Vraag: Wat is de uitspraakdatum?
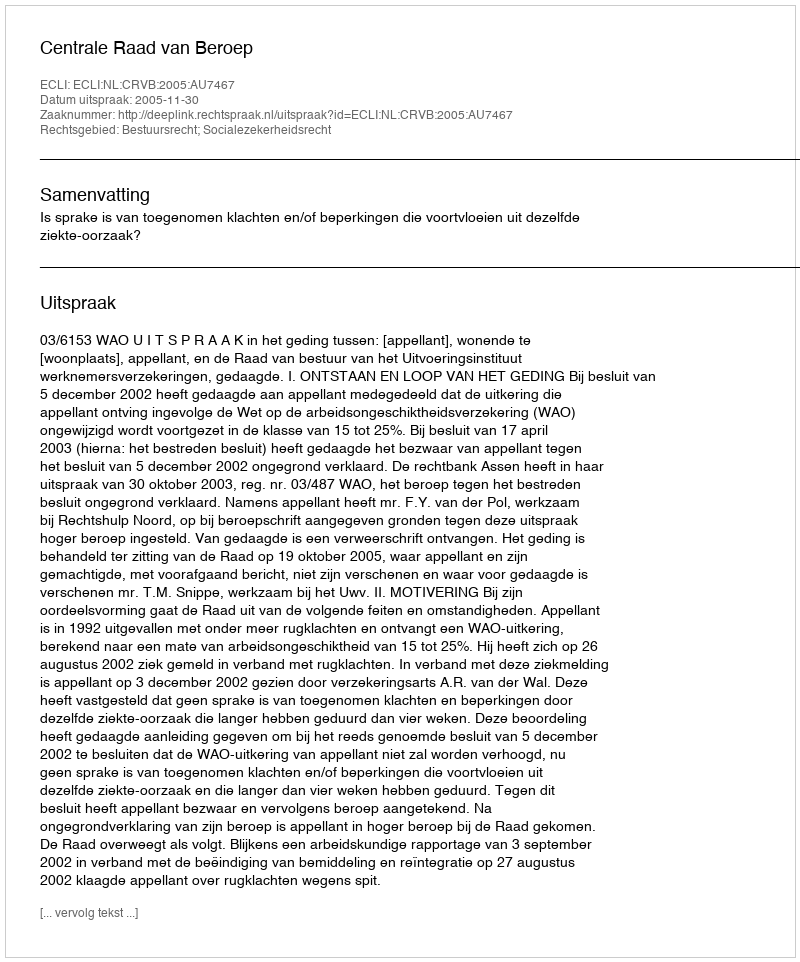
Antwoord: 2005-11-30